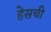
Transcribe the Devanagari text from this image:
हेसची